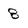
Character: 8